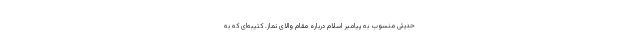
حدیثی منسوب به پیامبر اسلام درباره مقام والای نماز. کتیبه‌ای که به